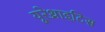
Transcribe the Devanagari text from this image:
यूरेथ्राइटिस